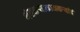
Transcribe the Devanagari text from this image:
शेतकऱ्याकामकऱ्यांचं